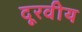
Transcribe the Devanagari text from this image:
दूरवीय